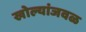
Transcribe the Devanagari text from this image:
खोल्यांजवळ